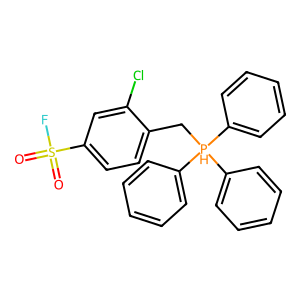
SMILES: O=S(=O)(F)c1ccc(C[PH](c2ccccc2)(c2ccccc2)c2ccccc2)c(Cl)c1
Inhibits HIV replication: No